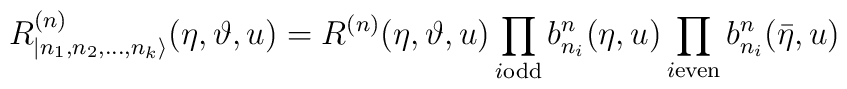
R^{(n)}_{|n_{1},n_{2},\dots ,n_{k}\rangle }(\eta ,\vartheta,u)=R^{(n)}(\eta ,\vartheta ,u)\prod _{i\textrm{}\mathrm{odd}}b^{n}_{n_{i}}(\eta ,u)\prod _{i\textrm{}\mathrm{even}}b^{n}_{n_{i}}(\bar{\eta },u)\, \, \,